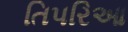
તિપરિઆ